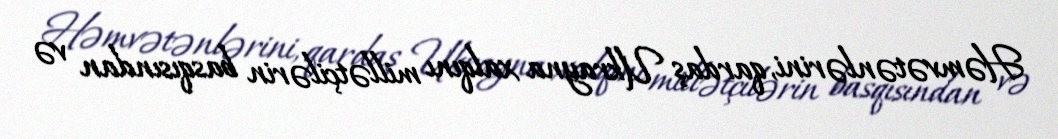
Həmvətənlərini, qardaş Ukrayna xalqını millətçilərin basqısından və